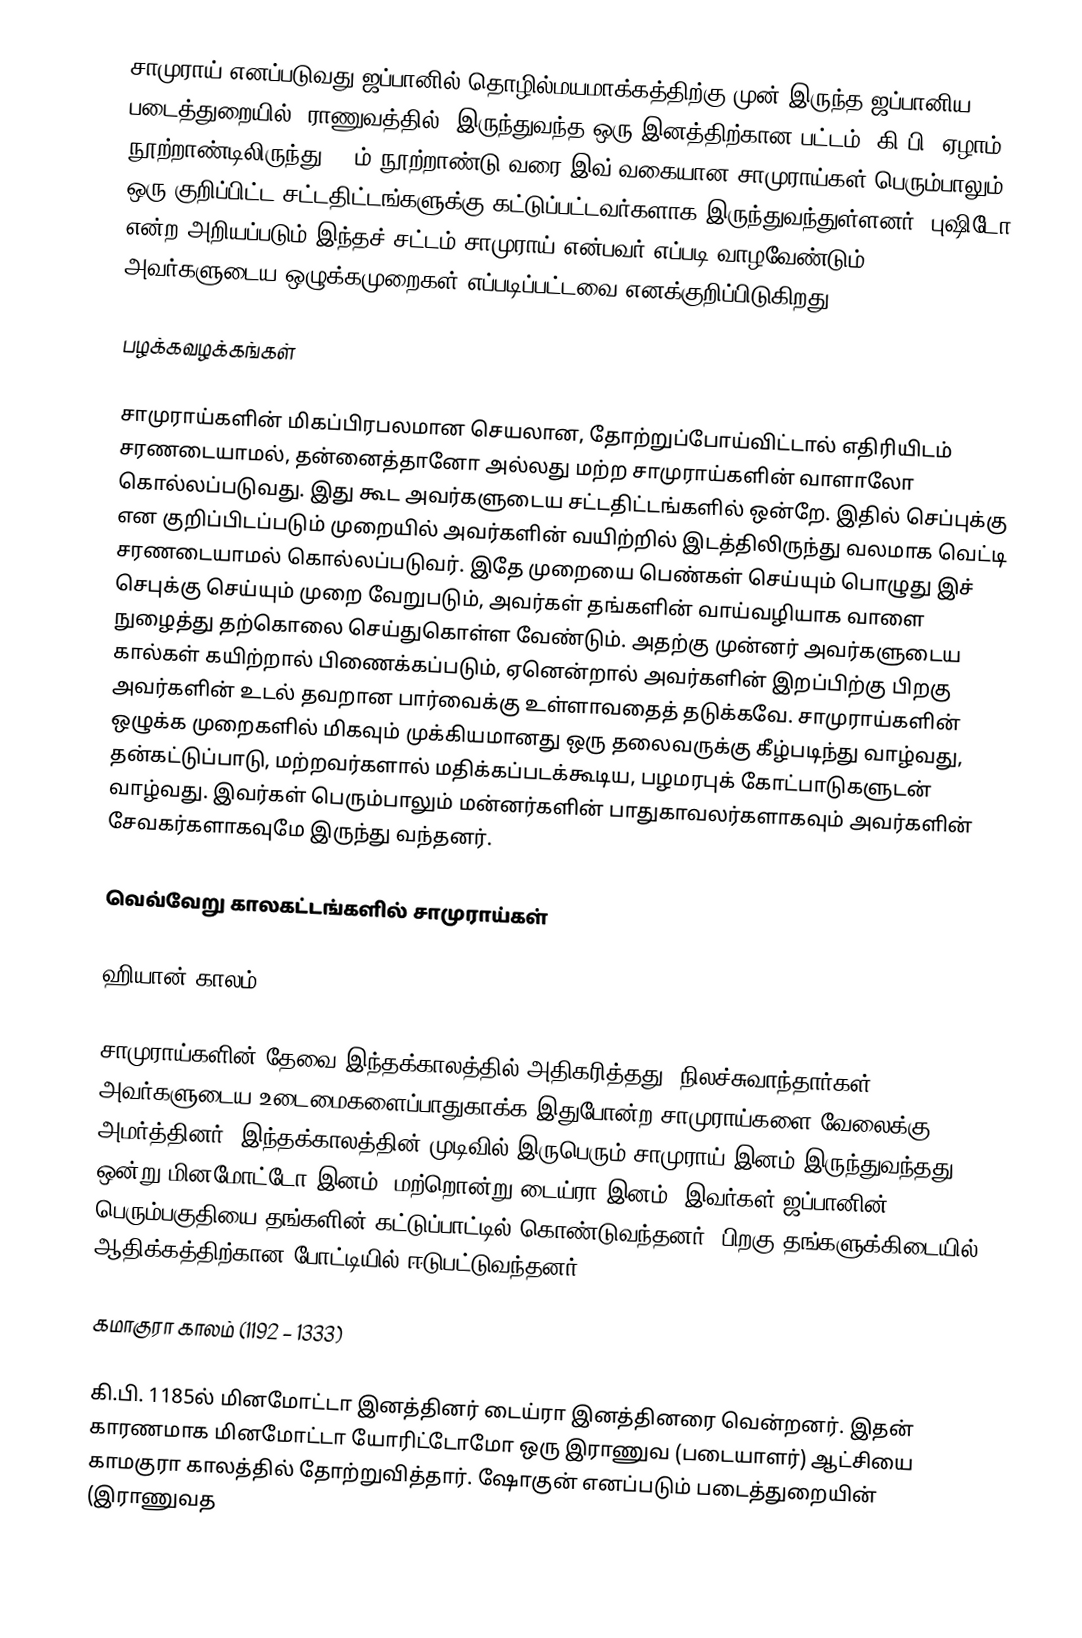
சாமுராய் எனப்படுவது ஜப்பானில் தொழில்மயமாக்கத்திற்கு முன் இருந்த ஜப்பானிய படைத்துறையில் (ராணுவத்தில்) இருந்துவந்த ஒரு இனத்திற்கான பட்டம். கி.பி. ஏழாம் நூற்றாண்டிலிருந்து, 19ம் நூற்றாண்டு வரை இவ் வகையான சாமுராய்கள் பெரும்பாலும் ஒரு குறிப்பிட்ட சட்டதிட்டங்களுக்கு கட்டுப்பட்டவர்களாக இருந்துவந்துள்ளனர். புஷிடோ என்ற அறியப்படும் இந்தச் சட்டம் சாமுராய் என்பவர் எப்படி வாழவேண்டும், அவர்களுடைய ஒழுக்கமுறைகள் எப்படிப்பட்டவை எனக்குறிப்பிடுகிறது.

பழக்கவழக்கங்கள்

சாமுராய்களின் மிகப்பிரபலமான செயலான, தோற்றுப்போய்விட்டால் எதிரியிடம் சரணடையாமல், தன்னைத்தானோ அல்லது மற்ற சாமுராய்களின் வாளாலோ கொல்லப்படுவது. இது கூட அவர்களுடைய சட்டதிட்டங்களில் ஒன்றே. இதில் செப்புக்கு என குறிப்பிடப்படும் முறையில் அவர்களின் வயிற்றில் இடத்திலிருந்து வலமாக வெட்டி சரணடையாமல் கொல்லப்படுவர். இதே முறையை பெண்கள் செய்யும் பொழுது இச் செபுக்கு செய்யும் முறை வேறுபடும், அவர்கள் தங்களின் வாய்வழியாக வாளை நுழைத்து தற்கொலை செய்துகொள்ள வேண்டும். அதற்கு முன்னர் அவர்களுடைய கால்கள் கயிற்றால் பிணைக்கப்படும், ஏனென்றால் அவர்களின் இறப்பிற்கு பிறகு அவர்களின் உடல் தவறான பார்வைக்கு உள்ளாவதைத் தடுக்கவே. சாமுராய்களின் ஒழுக்க முறைகளில் மிகவும் முக்கியமானது ஒரு தலைவருக்கு கீழ்படிந்து வாழ்வது, தன்கட்டுப்பாடு, மற்றவர்களால் மதிக்கப்படக்கூடிய, பழமரபுக் கோட்பாடுகளுடன் வாழ்வது. இவர்கள் பெரும்பாலும் மன்னர்களின் பாதுகாவலர்களாகவும் அவர்களின் சேவகர்களாகவுமே இருந்து வந்தனர்.

வெவ்வேறு காலகட்டங்களில் சாமுராய்கள்

ஹியான் காலம் (794 – 1185)

சாமுராய்களின் தேவை இந்தக்காலத்தில் அதிகரித்தது, நிலச்சுவாந்தார்கள் அவர்களுடைய உடைமைகளைப்பாதுகாக்க இதுபோன்ற சாமுராய்களை வேலைக்கு அமர்த்தினர். இந்தக்காலத்தின் முடிவில் இருபெரும் சாமுராய் இனம் இருந்துவந்தது. ஒன்று மினமோட்டோ இனம், மற்றொன்று டைய்ரா இனம். இவர்கள் ஜப்பானின் பெரும்பகுதியை தங்களின் கட்டுப்பாட்டில் கொண்டுவந்தனர். பிறகு தங்களுக்கிடையில் ஆதிக்கத்திற்கான போட்டியில் ஈடுபட்டுவந்தனர்.

கமாகுரா காலம் (1192 – 1333)

கி.பி. 1185ல் மினமோட்டா இனத்தினர் டைய்ரா இனத்தினரை வென்றனர். இதன் காரணமாக மினமோட்டா யோரிட்டோமோ ஒரு இராணுவ (படையாளர்) ஆட்சியை காமகுரா காலத்தில் தோற்றுவித்தார். ஷோகுன் எனப்படும் படைத்துறையின் (இராணுவத